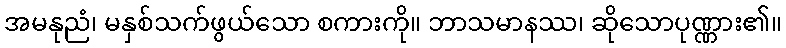
အမနုညံ၊ မနှစ်သက်ဖွယ်သော စကားကို။ ဘာသမာနဿ၊ ဆိုသောပုဏ္ဏား၏။